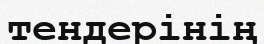
тендерінің